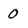
Character: 0